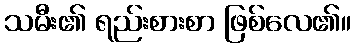
သမီး၏ ရည်းစားစာ ဖြစ်လေ၏။